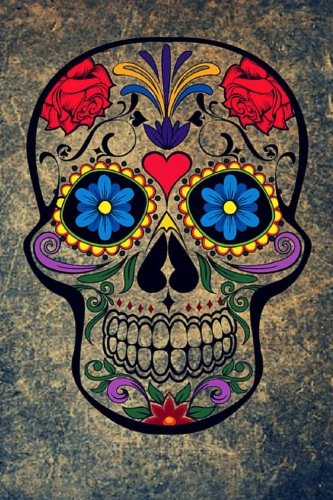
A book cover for Sugar Skull Journal: 160 Page Lined Journal/Notebook; Mahtava Journals; Literature & Fiction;